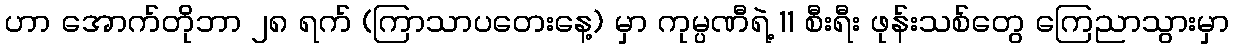
ဟာ အောက်တိုဘာ ၂၈ ရက် (ကြာသာပတေးနေ့) မှာ ကုမ္ပဏီရဲ့ 11 စီးရီး ဖုန်းသစ်တွေ ကြေညာသွားမှာ